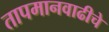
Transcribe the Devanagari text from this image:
तापमानवाढीचे